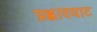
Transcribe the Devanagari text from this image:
प्रह्लादघाट